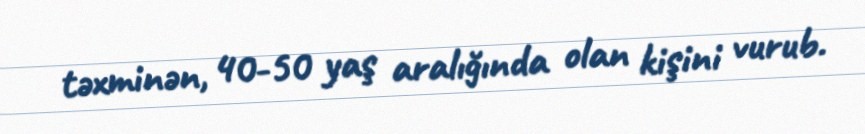
təxminən, 40-50 yaş aralığında olan kişini vurub.